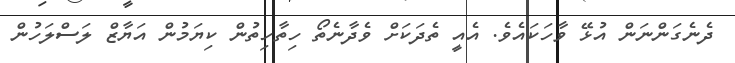
ދެނެގަންނަން އުޅޭ ވާހަކައެވެ. އެއީ ތެދަކަށް ވެދާނެތޯ ހިތާހިތުން ކިޔަމުން އަޔާޒް ލަސްލަހުން